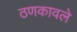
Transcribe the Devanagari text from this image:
ठणकावले